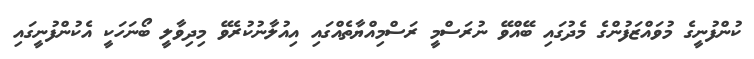
ކުންފުނީގެ މުވައްޒަފުންގެ މެދުގައި ބޭއްވޭ ނުރަސްމީ ރަސްމިއްޔާތެއްގައި އިއުލާނުކުރެވޭ މިދިވާލީ ބޯނަހަކީ އެކުންފުނީގައި